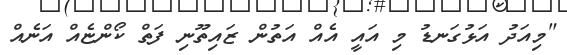
"މިއަދު އަޅުގަނޑު މި އައީ އެއް އަތުން ޒައިތޫނި ފަތް ކޯންޏެއް އަނެއް